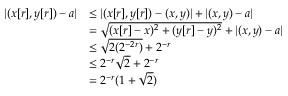
\begin{array} { r l } { | ( x [ r ] , y [ r ] ) - a | } & { \leq | ( x [ r ] , y [ r ] ) - ( x , y ) | + | ( x , y ) - a | } \\ & { = \sqrt { ( x [ r ] - x ) ^ { 2 } + ( y [ r ] - y ) ^ { 2 } } + | ( x , y ) - a | } \\ & { \leq \sqrt { 2 ( 2 ^ { - 2 r } ) } + 2 ^ { - r } } \\ & { \leq 2 ^ { - r } \sqrt { 2 } + 2 ^ { - r } } \\ & { = 2 ^ { - r } ( 1 + \sqrt { 2 } ) } \end{array}